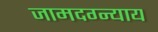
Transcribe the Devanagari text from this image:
जामदग्न्याय